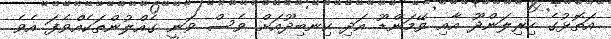
އަތޮޅުގެ ހިރިލަންދޫ އާއި ވޭމަންޑޫ އަދި ކިނބިދޫއަށް ވެސް ވަނީ ގެއްލުންތަކެއްވެފަ އެވެ.